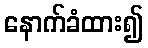
နောက်ခံထား၍